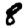
Digit: 8